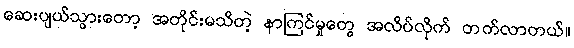
ဆေးပျယ်သွားတော့ အတိုင်းမသိတဲ့ နာကြင်မှုတွေ အလိပ်လိုက် တက်လာတယ်။